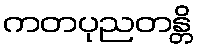
ကတပုညတန္တိ